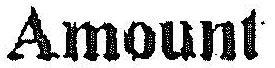
AMOUNT